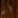
أين